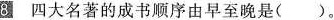
8 四大名著的成书顺序由早至晚是( )。